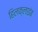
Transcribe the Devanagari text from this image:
हिलक्‍लाइंब